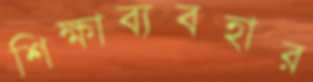
শিক্ষাব্যবহার